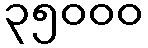
၃၅၀၀၀